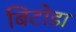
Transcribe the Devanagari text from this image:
बिटोडा